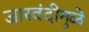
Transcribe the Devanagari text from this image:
जास्वंदीमुळे